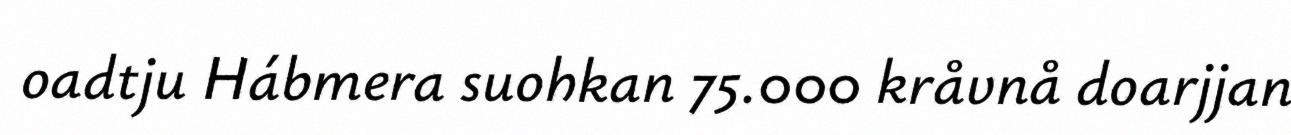
oadtju Hábmera suohkan 75.000 kråvnå doarjjan